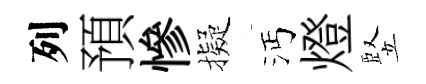
列預慘擬沔燈竪